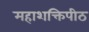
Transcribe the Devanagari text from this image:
महाशक्तिपीठ